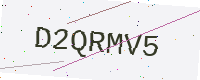
Text: D2QRMV5